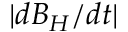
| d B _ { H } / d t |